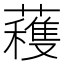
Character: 𮒗